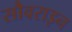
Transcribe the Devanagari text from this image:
सौवराइन